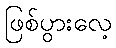
ဖြစ်ပွားလေ့